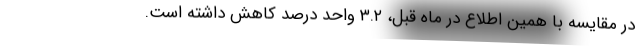
در مقایسه با همین اطلاع در ماه قبل، ٣.٢ واحد درصد کاهش داشته است.